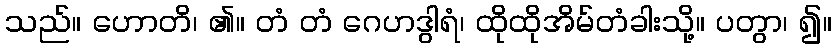
သည်။ ဟောတိ၊ ၏။ တံ တံ ဂေဟဒွါရံ၊ ထိုထိုအိမ်တံခါးသို့။ ပတွာ၊ ၍။